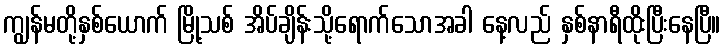
ကျွန်မတို့နှစ်ယောက် မြို့သစ် အိပ်ချိန်းသို့ရောက်သောအခါ နေ့လည် နှစ်နာရီထိုးပြီးနေပြီ။